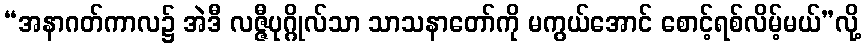
“အနာဂတ်ကာလ၌ အဲဒီ လဇ္ဇီပုဂ္ဂိုလ်သာ သာသနာတော်ကို မကွယ်အောင် စောင့်ရစ်လိမ့်မယ်”လို့